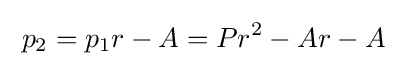
\;p_{2}=p_{1}r-A=Pr^{2}-Ar-A